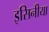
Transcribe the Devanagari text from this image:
इसिनीया